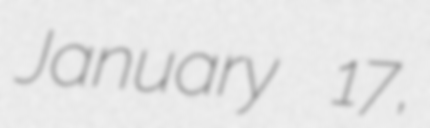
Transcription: January 17,